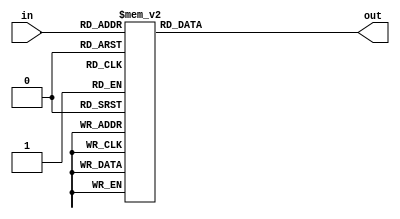
module hex2_7seg(in, out);
  input [3:0] in; /*3210 */
  output [6:0] out; /* abcdefg */
  reg [6:0] out;
 
  always @(*)
    begin
      case (in)
        /*3210*/ /*abcdefg */
         0: out = 7'b0000001;
         1: out = 7'b1001111;
         2: out = 7'b0010010;
         3: out = 7'b0000110;
         4: out = 7'b1001100;
         5: out = 7'b0100100;
         6: out = 7'b0100000;
         7: out = 7'b0001111;
         8: out = 7'b0000000;
         9: out = 7'b0000100;
        10: out = 7'b0001000;
        11: out = 7'b1100000;
        12: out = 7'b0110001;
        13: out = 7'b1000010;
        14: out = 7'b0110000;
        15: out = 7'b0111000;
        default: out = 7'bx;
      endcase
    end
  endmodule

module hex2_7seg_status(in, s, err, good, out);
  input [3:0] in; /*3210 */
  input [1:0] s;
  input err, good;
  output [6:0] out; /* abcdefg */
  reg [6:0] out;
 
  always @(*)
    begin
      if (err) // "Err "
        if (s == 3)
          out = 7'b0110000;
        else if (s == 0)
          out = 7'b1111111;
        else
          out = 7'b1111010;
      else if (good) // "good"
        if (s == 3)
          out = 7'b0000100;
        else if (s == 0)
          out = 7'b1000010;
        else
          out = 7'b1100010;
      else
        case (in)
          /*3210*/ /*abcdefg */
           0: out = 7'b0000001;
           1: out = 7'b1001111;
           2: out = 7'b0010010;
           3: out = 7'b0000110;
           4: out = 7'b1001100;
           5: out = 7'b0100100;
           6: out = 7'b0100000;
           7: out = 7'b0001111;
           8: out = 7'b0000000;
           9: out = 7'b0000100;
          10: out = 7'b0001000;
          11: out = 7'b1100000;
          12: out = 7'b0110001;
          13: out = 7'b1000010;
          14: out = 7'b0110000;
          15: out = 7'b0111000;
          default: out = 7'bx;
        endcase
    end
  endmodule